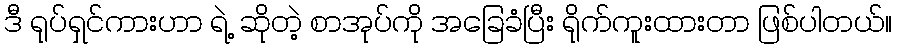
ဒီ ရုပ်ရှင်ကားဟာ ရဲ့ ဆိုတဲ့ စာအုပ်ကို အခြေခံပြီး ရိုက်ကူးထားတာ ဖြစ်ပါတယ်။